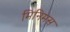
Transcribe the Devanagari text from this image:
मिनिमस